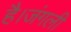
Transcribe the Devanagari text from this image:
है।जंगली